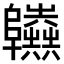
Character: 𨽫